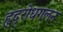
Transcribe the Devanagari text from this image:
हृद्‌रोधगलन